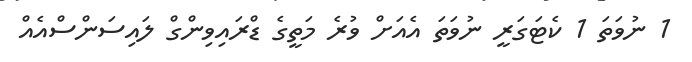
1 ނުވަތަ 1 ކެޓަގަރީ ނުވަތަ އެއަށް ވުރެ މަތީގެ ޑްރައިވިންގް ލައިސަންސްއެއް